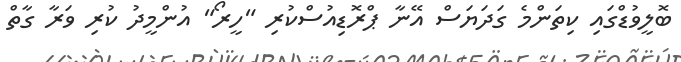
ބޮލީވުޑްގައި ކިތަންމެ ގަދަޔަސް އޭނާ ޕްރޮޑިއުސްކުރި "ހީރޯ" އުންމީދު ކުރި ވަރާ ގާތް